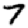
Digit: 7